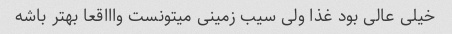
خیلی عالی بود غذا ولی سیب زمینی میتونست واااقعا بهتر باشه